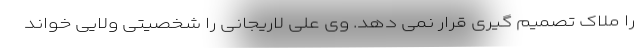
را ملاک تصمیم گیری قرار نمی دهد. وی علی لاریجانی را شخصیتی ولایی خواند